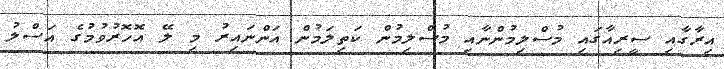
އިރާގާއި ސީރިއާގައި މުސްލިމުންނާއި މުސްލިމުން ކަތިލަމުން އަންނައިރު މި ލޭ އޮހޮރުވުމުގެ އަސްލު